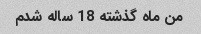
من ماه گذشته 18 ساله شدم